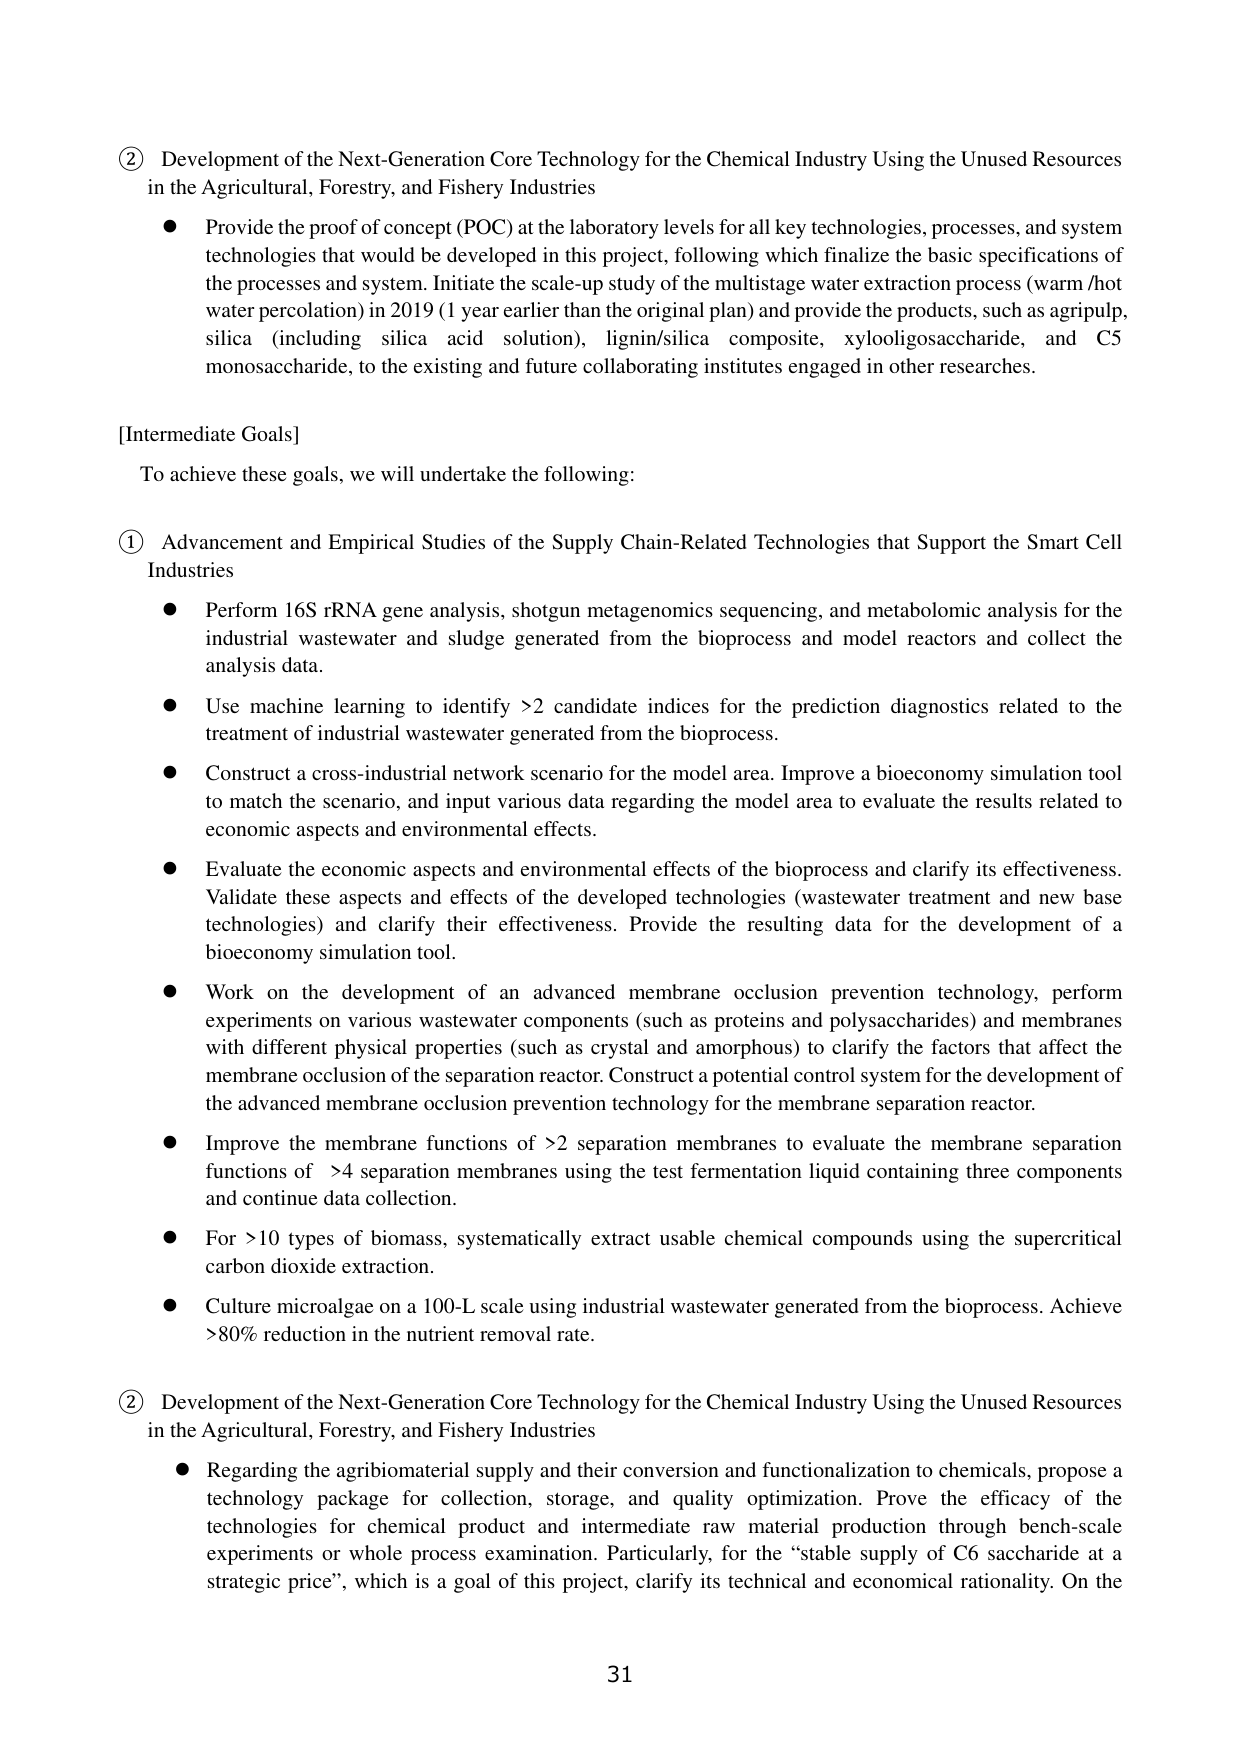
② Development of the Next-Generation Core Technology for the Chemical Industry Using the Unused Resources in the Agricultural, Forestry, and Fishery Industries
● Provide the proof of concept (POC) at the laboratory levels for all key technologies, processes, and system technologies that would be developed in this project, following which finalize the basic specifications of the processes and system. Initiate the scale-up study of the multistage water extraction process (warm /hot water percolation) in 2019 (1 year earlier than the original plan) and provide the products, such as agripulp, silica (including silica acid solution), lignin/silica composite, xylooligosaccharide, and C5 monosaccharide, to the existing and future collaborating institutes engaged in other researches.

[Intermediate Goals]
To achieve these goals, we will undertake the following:

① Advancement and Empirical Studies of the Supply Chain-Related Technologies that Support the Smart Cell Industries
● Perform 16S rRNA gene analysis, shotgun metagenomics sequencing, and metabolomic analysis for the industrial wastewater and sludge generated from the bioprocess and model reactors and collect the analysis data.
● Use machine learning to identify >2 candidate indices for the prediction diagnostics related to the treatment of industrial wastewater generated from the bioprocess.
● Construct a cross-industrial network scenario for the model area. Improve a bioeconomy simulation tool to match the scenario, and input various data regarding the model area to evaluate the results related to economic aspects and environmental effects.
● Evaluate the economic aspects and environmental effects of the bioprocess and clarify its effectiveness. Validate these aspects and effects of the developed technologies (wastewater treatment and new base technologies) and clarify their effectiveness. Provide the resulting data for the development of a bioeconomy simulation tool.
● Work on the development of an advanced membrane occlusion prevention technology, perform experiments on various wastewater components (such as proteins and polysaccharides) and membranes with different physical properties (such as crystal and amorphous) to clarify the factors that affect the membrane occlusion of the separation reactor. Construct a potential control system for the development of the advanced membrane occlusion prevention technology for the membrane separation reactor.
● Improve the membrane functions of >2 separation membranes to evaluate the membrane separation functions of >4 separation membranes using the test fermentation liquid containing three components and continue data collection.
● For >10 types of biomass, systematically extract usable chemical compounds using the supercritical carbon dioxide extraction.
● Culture microalgae on a 100-L scale using industrial wastewater generated from the bioprocess. Achieve >80% reduction in the nutrient removal rate.

② Development of the Next-Generation Core Technology for the Chemical Industry Using the Unused Resources in the Agricultural, Forestry, and Fishery Industries
● Regarding the agribiomaterial supply and their conversion and functionalization to chemicals, propose a technology package for collection, storage, and quality optimization. Prove the efficacy of the technologies for chemical product and intermediate raw material production through bench-scale experiments or whole process examination. Particularly, for the “stable supply of C6 saccharide at a strategic price”, which is a goal of this project, clarify its technical and economical rationality. On the

31